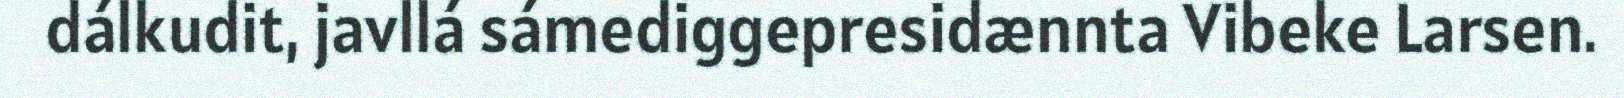
dálkudit, javllá sámediggepresidænnta Vibeke Larsen.